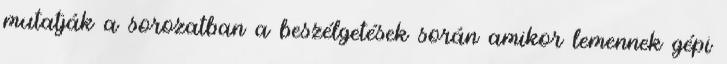
mutatják a sorozatban a beszélgetések során amikor lemennek gépi